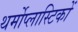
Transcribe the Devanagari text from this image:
थर्मोप्लास्टिकों